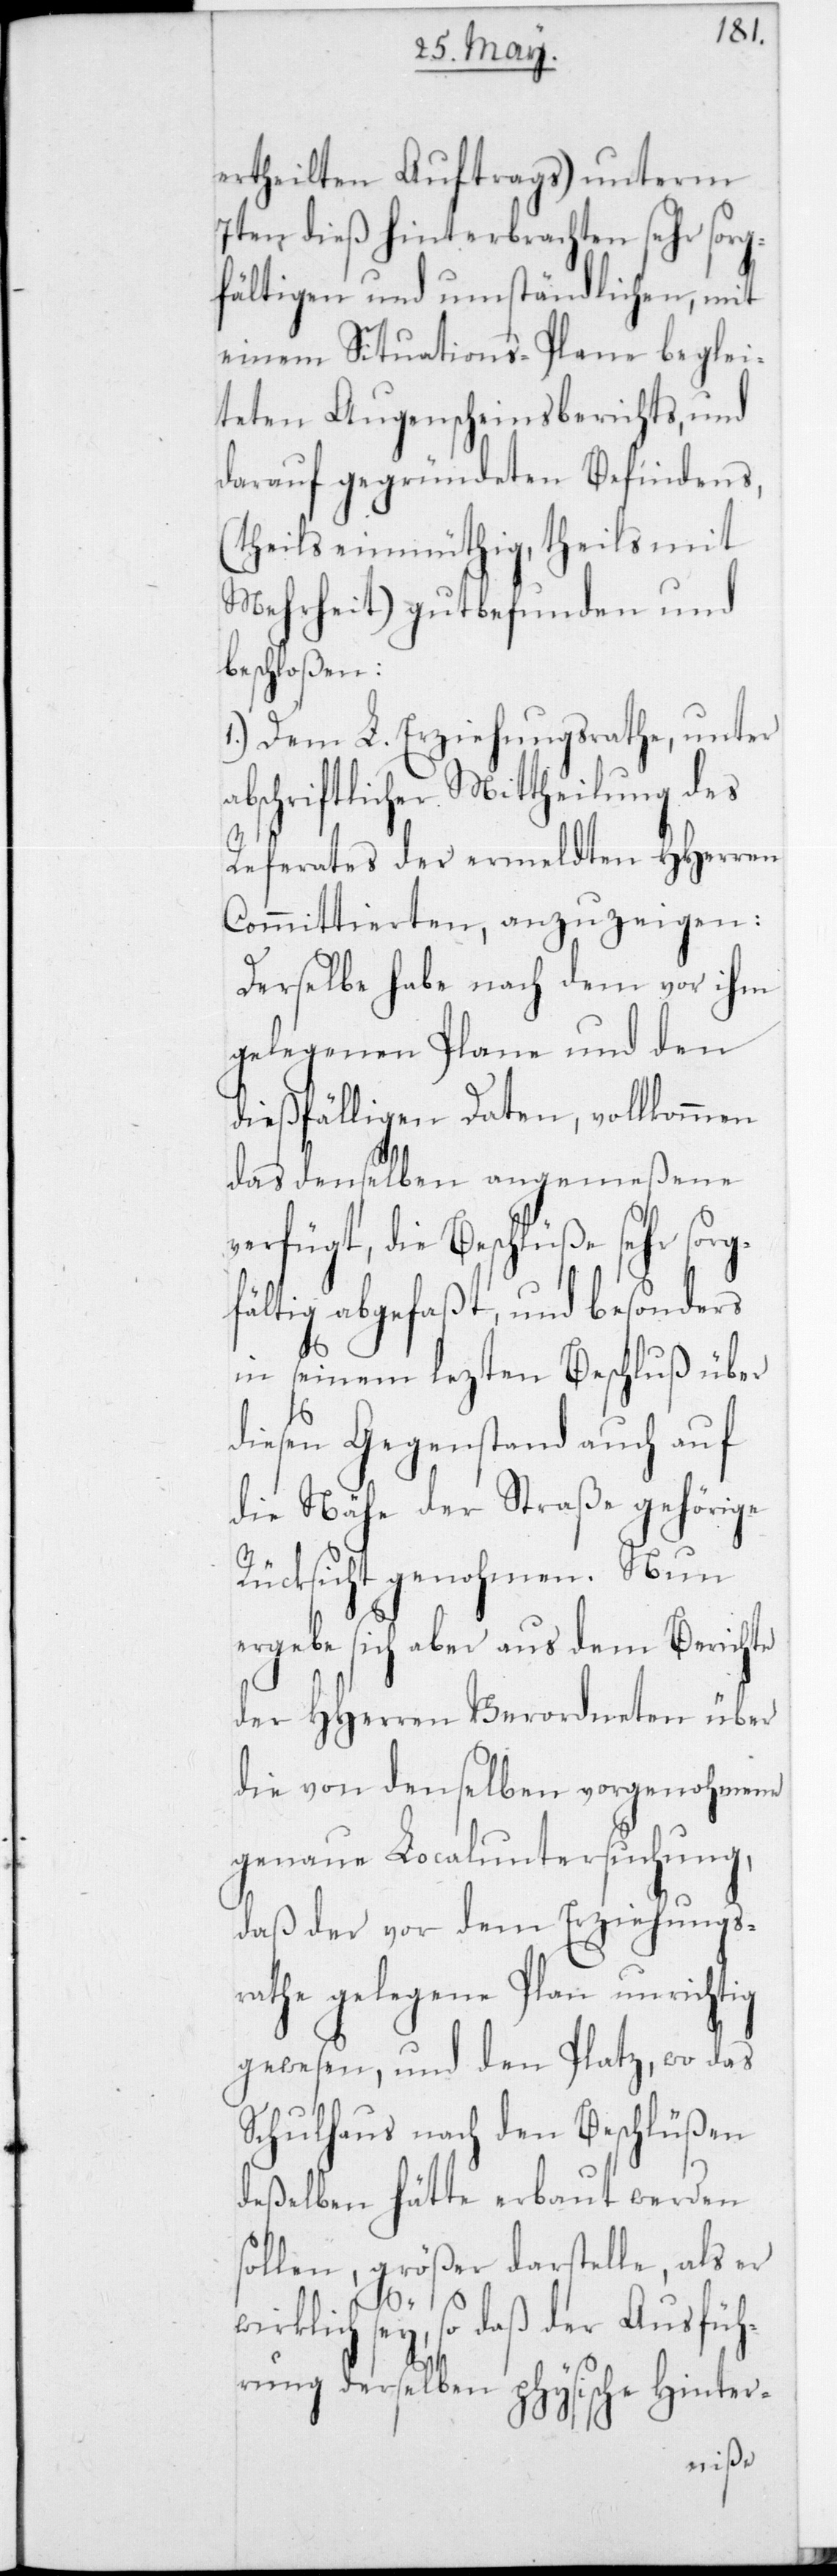
ertheilten Auftrags) unterm
7ten dieß hinterbrachten sehr sorg¬
fältigen und umständlichen, mit
einem Situations-Plane beglei¬
teten Augenscheinsberichts, und
darauf gegründeten Befindens,
(theils einmüthig, theils mit
Mehrheit) gutbefunden und
beschloßen:
1.) Dem L. Erziehungsrathe, unter
abschriftlicher Mittheilung des
Referates der ermeldten HHerren
Committierten, anzuzeigen:
Derselbe habe nach dem vor ihm
gelegenen Plane und den
dießfälligen Daten, vollkommen
das denselben angemeßene
verfügt, die Beschlüße sehr sor¬
fältig abgefaßt, und besonders
in seinem lezten Beschluß über
diesen Gegenstand auch auf
die Nähe der Straße gehörige
Rücksicht genohmen. Nun
ergebe sich aber aus dem Berichte
der HHerren Verordneten über
die von denselben vorgenohmene
genaue Localuntersuchung,
daß der vor dem Erziehungs¬
rathe gelegene Plan unrichtig
gewesen, und den Platz, wo das
Schulhaus nach den Beschlüßen
deßelben hätte erbaut werden
sollen, größer darstelle, als er
wir¬
klich sey, so daß der Ausfüh¬
rung derselben physische Hinter-